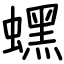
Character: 蟔